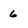
Character: 6